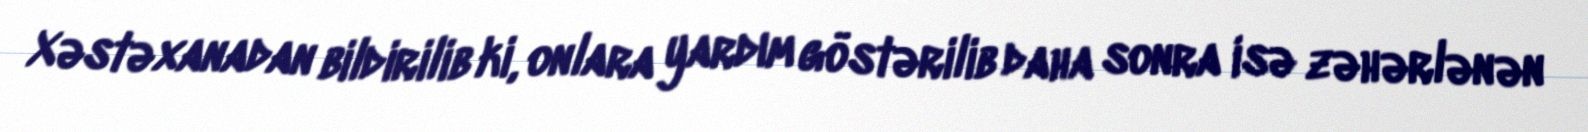
Xəstəxanadan bildirilib ki, onlara yardım göstərilib daha sonra isə zəhərlənən